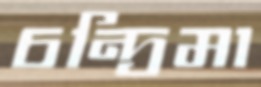
চন্দ্রিমা